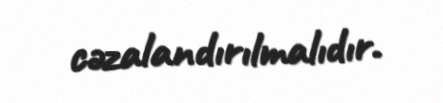
cəzalandırılmalıdır.